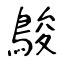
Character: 鵔